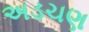
અડચણ